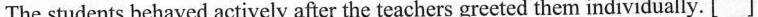
The students behaved actively after the teachers greeted them individually. [ ]